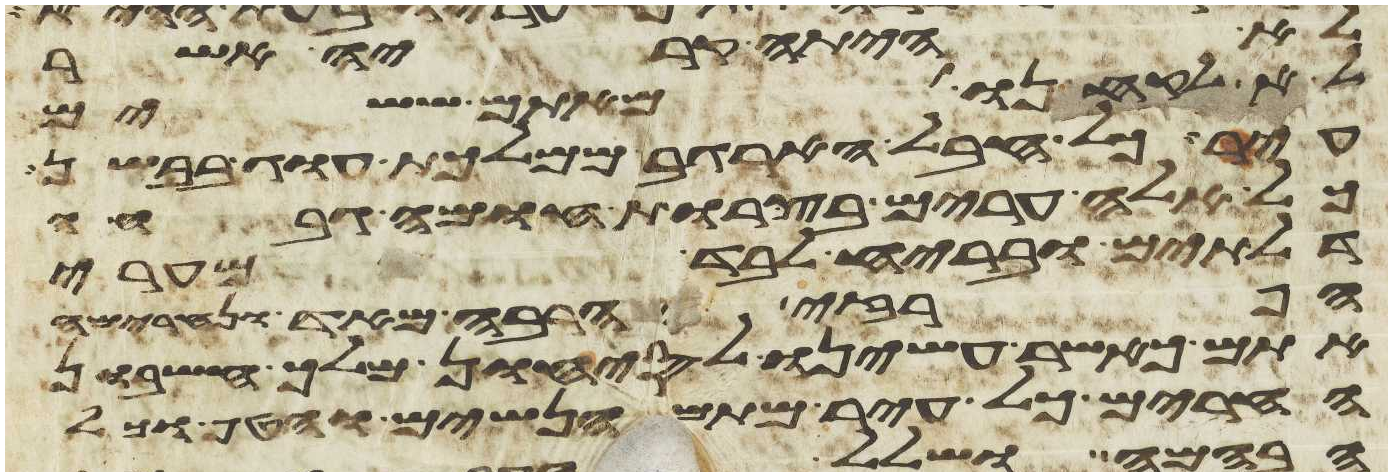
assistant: לא היתה קריה אשר
לא לקחנו מאתם ששים
עיר כל חבל הארגב ממלכות עוג בבשן
כל אלה ערים בצרות חומה גבחה
דלתים ובריח לבד מערי
הפרזי הרבה מאד ונחרימה
אתם כאשר עשינו לסיחון מלך חשבון
החרים כל עיר מתם הנשים והטף וכל